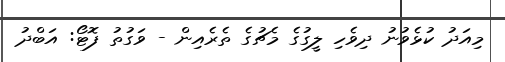
މިއަދު ކުޅެވުނު ދިވެހި ލީގުގެ މެޗުގެ ތެރެއިން - ވަގުތު ފޮޓޯ: އަބްދު